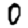
Digit: 0